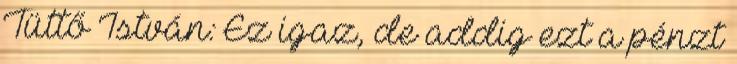
Tüttő István: Ez igaz, de addig ezt a pénzt